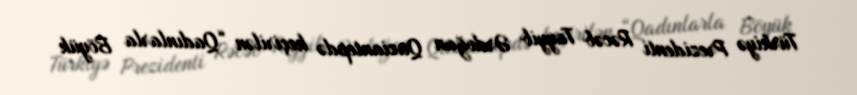
Türkiyə Prezidenti Rəcəb Tayyib Ərdoğan Qaziantepdə keçirilən “Qadınlarla Böyük